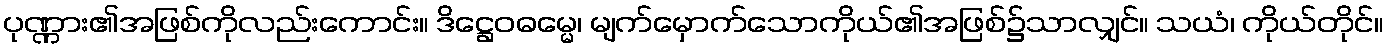
ပုဏ္ဏား၏အဖြစ်ကိုလည်းကောင်း။ ဒိဋ္ဌေဝဓမ္မေ၊ မျက်မှောက်သောကိုယ်၏အဖြစ်၌သာလျှင်။ သယံ၊ ကိုယ်တိုင်။